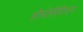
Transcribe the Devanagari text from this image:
होमोसैपियन